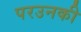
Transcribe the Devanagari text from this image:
परउनकी